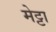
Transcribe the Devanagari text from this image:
मेट्टा